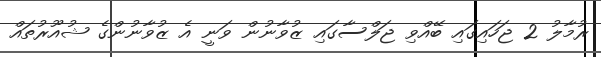
ރުމާލު 2 ޖަހައިގައި ބޭއްވި ޖަލްސާގައި ޒުވާނުން ވަނީ އެ ޒުވާނުންގެ ޝުއޫރުތައް